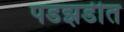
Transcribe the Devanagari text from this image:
पडझडीत